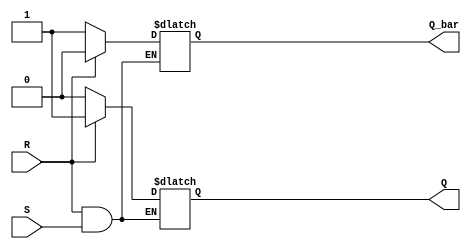
module sr_latch(
    input wire S,
    input wire R,
    output reg Q,
    output reg Q_bar
);

// Sequential logic block SR latch using two cross-coupled nor gates
always @ (S or R)
begin
    if (R == 0) begin
        Q <= 0;
        Q_bar <= 1;
    end
    else if (S == 0) begin
        Q <= 1;
        Q_bar <= 0;
    end
end

endmodule